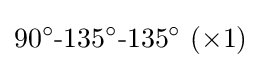
90^{\circ }{\text{-}}135^{\circ }{\text{-}}135^{\circ }~(\times 1)